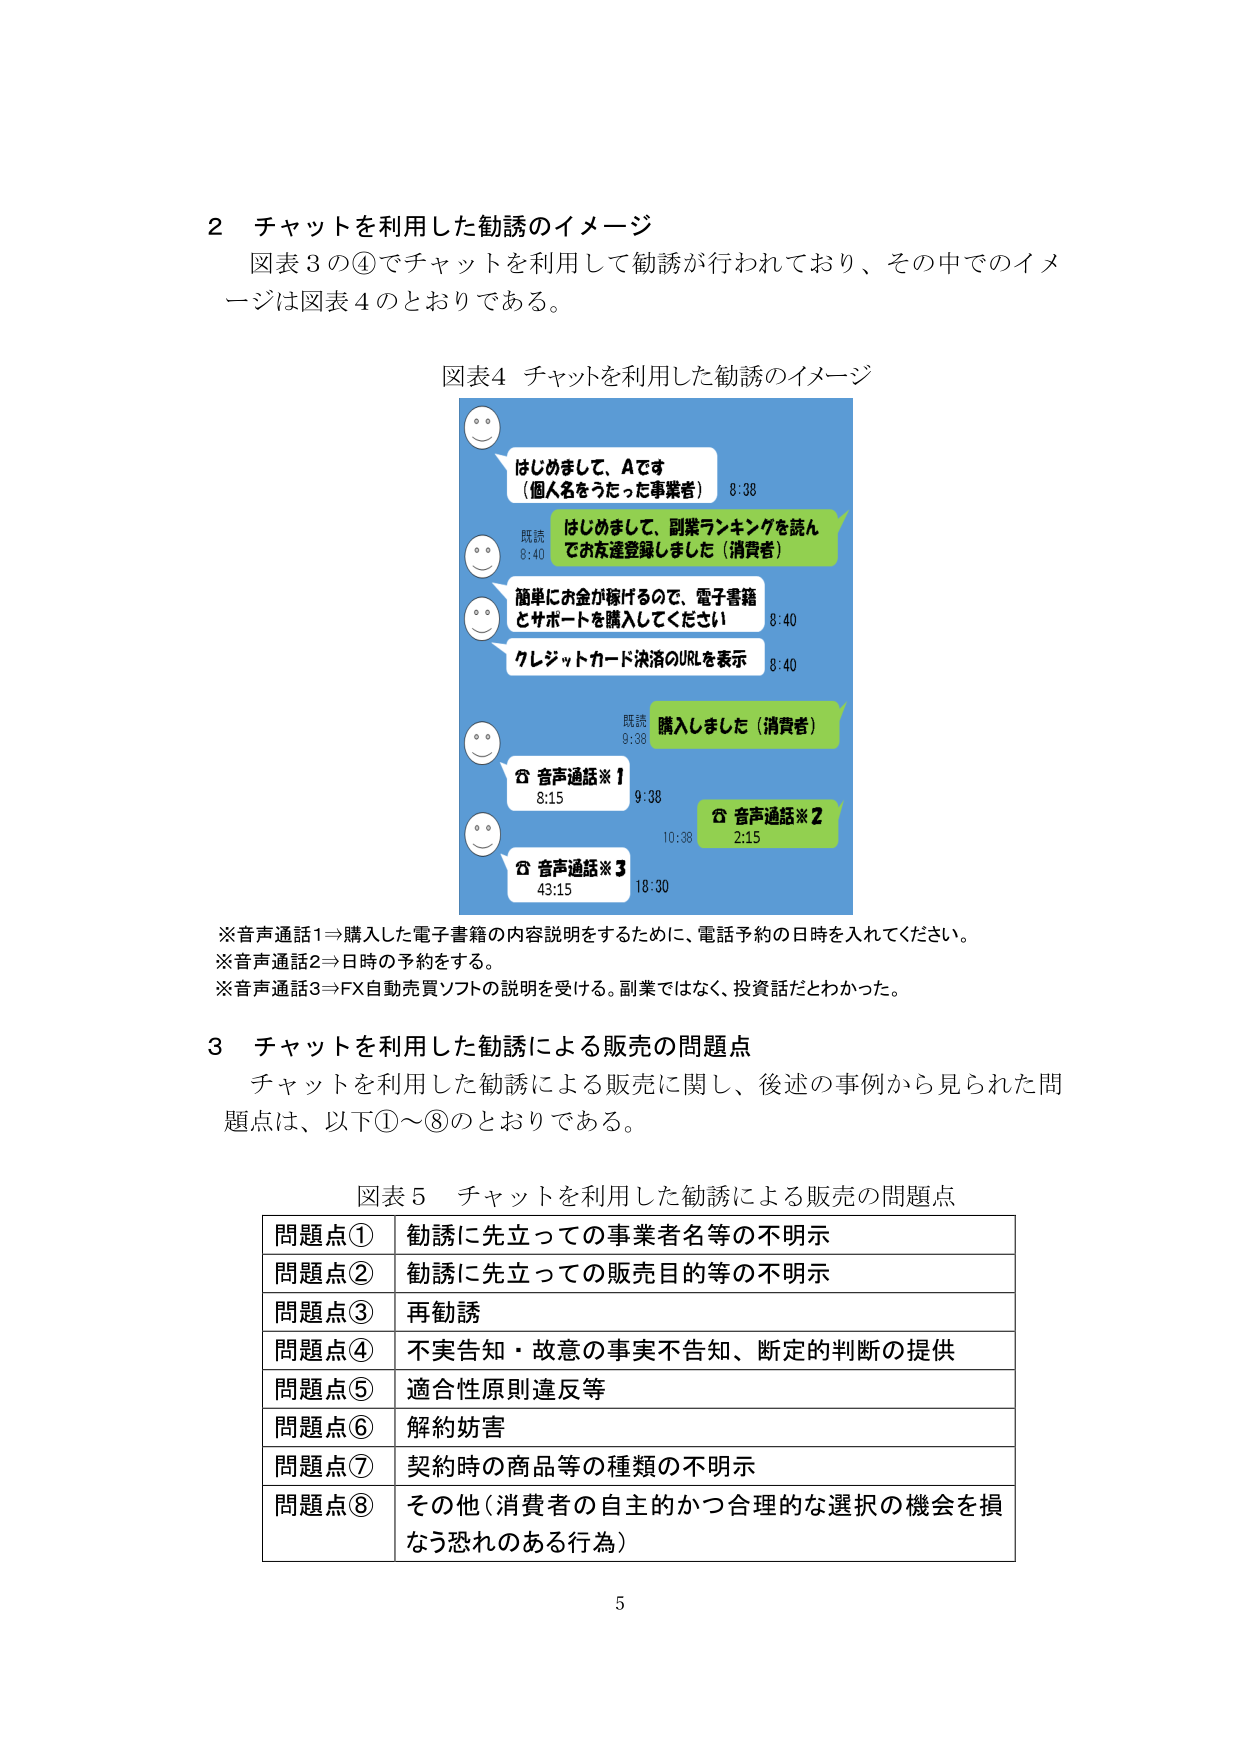
2 チャットを利用した勧誘のイメージ
図表3の④でチャットを利用して勧誘が行われており、その中でのイメージは図表4のとおりである。

図表4 チャットを利用した勧誘のイメージ
はじめまして、Aです
（個人名をうたった事業者） 8:38
はじめまして、副業ランキングを読んでお友達登録しました（消費者）
既読 8:40
簡単にお金が稼げるので、電子書籍とサポートを購入してください
8:40
クレジットカード決済のURLを表示 8:40
既読 9:38 購入しました（消費者）
☎ 音声通話※1 8:15 9:38
☎ 音声通話※2 2:15 10:38
☎ 音声通話※3 43:15 18:30

※音声通話1⇒購入した電子書籍の内容説明をするために、電話予約の日時を入れてください。
※音声通話2⇒日時の予約をする。
※音声通話3⇒FX自動売買ソフトの説明を受ける。副業ではなく、投資話だとわかった。

3 チャットを利用した勧誘による販売の問題点
チャットを利用した勧誘による販売に関し、後述の事例から見られた問題点は、以下①～⑧のとおりである。

図表5 チャットを利用した勧誘による販売の問題点
問題点① 勧誘に先立っての事業者名等の不明示
問題点② 勧誘に先立っての販売目的等の不明示
問題点③ 再勧誘
問題点④ 不実告知・故意の事実不告知、断定的判断の提供
問題点⑤ 適合性原則違反等
問題点⑥ 解約妨害
問題点⑦ 契約時の商品等の種類の不明示
問題点⑧ その他（消費者の自主的かつ合理的な選択の機会を損なう恐れのある行為）

5